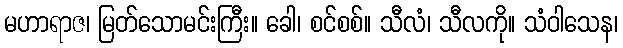
မဟာရာဇ၊ မြတ်သောမင်းကြီး။ ခေါ၊ စင်စစ်။ သီလံ၊ သီလကို။ သံဝါသေန၊